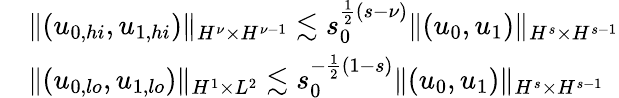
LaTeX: \begin{array}{rl}&{\| (u_{0,hi},u_{1,hi})\| _{H^{\nu}\times H^{\nu-1}}\lesssim s_{0}^{\frac{1}{2}(s-\nu)}\| (u_{0},u_{1})\| _{H^{s}\times H^{s-1}}}\\ &{\| (u_{0,lo},u_{1,lo})\| _{H^{1}\times L^{2}}\lesssim s_{0}^{-\frac{1}{2}(1-s)}\| (u_{0},u_{1})\| _{H^{s}\times H^{s-1}}}\end{array}